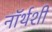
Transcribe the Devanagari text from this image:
नॉर्थशी